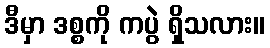
ဒီမှာ ဒစ္စကို ကပွဲ ရှိသလား။